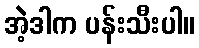
အဲ့ဒါက ပန်းသီးပါ။